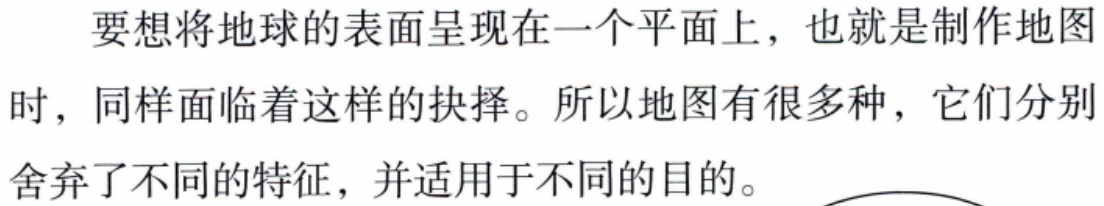
要想将地球的表面呈现在一个平面上，也就是制作地图时，同样面临着这样的抉择。所以地图有很多种，它们分别舍弃了不同的特征，并适用于不同的目的。